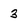
Character: 3